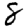
Digit: 8